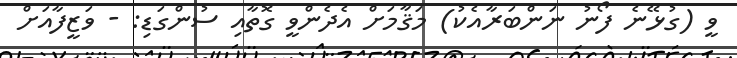
ވީ (ގުޅޭނެ ފޯނު ނަންބަރާއެކު) މަޤާމަށް އެދެންވީ ގޮތާއި ސުންގަޑި: - ވަޒީފާއަށް